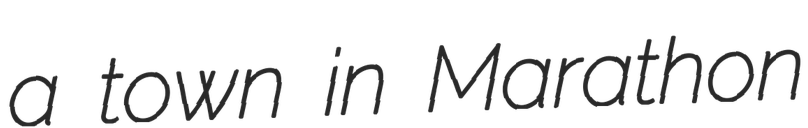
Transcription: a town in Marathon